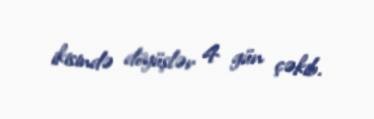
ikisində döyüşlər 4 gün çəkib.